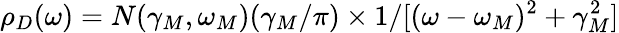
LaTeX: \rho_{D}(\omega)=N(\gamma_{M},\omega_{M})(\gamma_{M}/\pi)\times 1/[(\omega-\omega_{M})^{2}+\gamma_{M}^{2}]